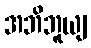
အဘိဘူယျ